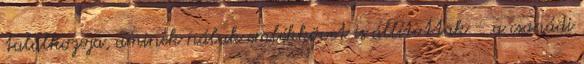
találkozója, aminek náluk emlékkövet is állítottak – a csanádi